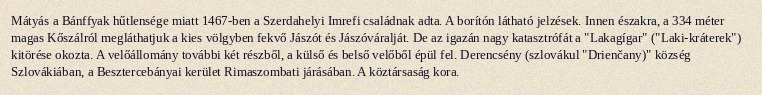
Mátyás a Bánffyak hűtlensége miatt 1467-ben a Szerdahelyi Imrefi családnak adta. A borítón látható jelzések. Innen északra, a 334 méter magas Kőszálról megláthatjuk a kies völgyben fekvő Jászót és Jászóváralját. De az igazán nagy katasztrófát a "Lakagígar" ("Laki-kráterek") kitörése okozta. A velőállomány további két részből, a külső és belső velőből épül fel. Derencsény (szlovákul "Drienčany)" község Szlovákiában, a Besztercebányai kerület Rimaszombati járásában. A köztársaság kora.